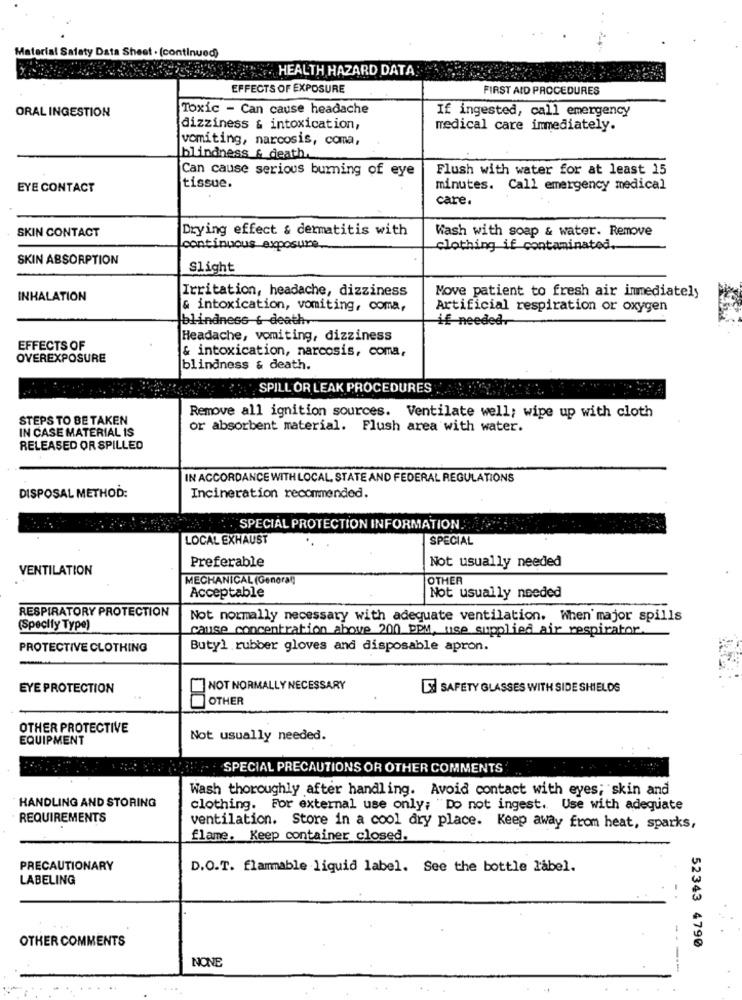
Material Salaty Data Sheet . (continued)
HEALTH HAZARD DATA
EFFECTS OF EXPOSURE
FIRST AID PROCEDURES
ORAL INGESTION
Toxic - Can cause headache
If ingested, call emergency
dizziness & intoxication,
medical care immediately.
vomiting, narcosis, coma,
blindness &_death ..
Can cause serious burning of eye
Flush with water for at least 15
EYE CONTACT
tissue.
minutes. Call emergency medical
care
SKIN CONTACT
Drying effect & dermatitis with
Wash with soap & water. Remove
continuous exposure.
clothing if contaminated.
SKIN ABSORPTION
Slight
Irritation, headache, dizziness
INHALATION
Move patient to fresh air immediately
& intoxication, vomiting, coma,
Artificial respiration or oxygen
|blindness & death ..
if needed.
Headache, vomiting, dizziness
EFFECTS OF
OVEREXPOSURE
& intoxication, narcosis, coma,
blindness & death.
SPILL OR LEAK PROCEDURES
STEPS TO BE TAKEN
Remove all ignition sources. Ventilate well; wipe up with cloth
IN CASE MATERIAL IS
or absorbent material. Flush area with water.
RELEASED OR SPILLED
IN ACCORDANCE WITH LOCAL, STATE AND FEDERAL REGULATIONS
DISPOSAL METHOD:
Incineration recommended.
"SPECIAL PROTECTION INFORMATION.
LOCAL EXHAUST
SPECIAL
Preferable
Not usually needed
VENTILATION
MECHANICAL (General)
OTHER
Acceptable
Not usually needed
RESPIRATORY PROTECTION
Not normally necessary with adequate ventilation. When major spills
(Specify Type)
cause concentration above 200 PPM, use supplied air respirator.
PROTECTIVE CLOTHING
Butyl rubber gloves and disposable apron.
EYE PROTECTION
NOT NORMALLY NECESSARY
SAFETY GLASSES WITH SIDE SHIELDS
OTHER
00
OTHER PROTECTIVE
EQUIPMENT
Not usually needed.
SPECIAL PRECAUTIONS OR OTHER COMMENTS
Wash thoroughly after handling. Avoid contact with eyes; skin and
HANDLING AND STORING
clothing. For external use only; "Do not ingest. Use with adequate
REQUIREMENTS
ventilation. Store in a cool dry place. Keep away from heat, sparks,
flame. Keep container closed.
PRECAUTIONARY
D.O.T. flammable liquid label. See the bottle label.
LABELING
OTHER COMMENTS
52343 4790
NONE
-----